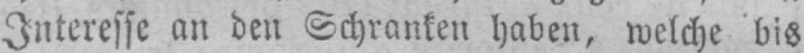
Interesse an den Schranken haben, welche bis